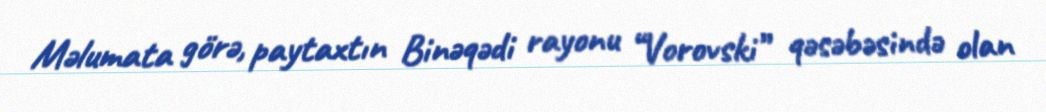
Məlumata görə, paytaxtın Binəqədi rayonu “Vorovski” qəsəbəsində olan